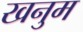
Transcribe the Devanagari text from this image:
खनुम